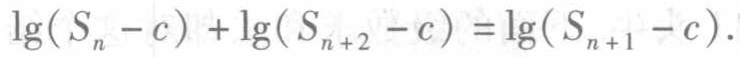
\(\lg(S_{n}-c)+\lg(S_{n + 2}-c)=\lg(S_{n + 1}-c)\)